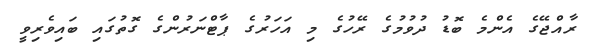
ރާއްޖޭގެ އެންމެ ބޮޑު ދުވުމުގެ ރޭހުގެ މި އަހަރުގެ ޕާޓްނަރުންގެ ގޮތުގައި ބައިވެރިވީ